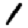
Digit: 1